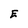
Character: E